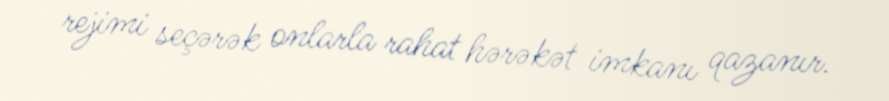
rejimi seçərək onlarla rahat hərəkət imkanı qazanır.